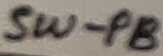
Text: SW-PB